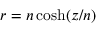
r = n \cosh ( z / n )